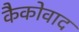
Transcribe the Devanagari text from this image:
कैकोवाद